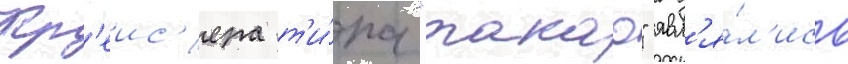
Кр'еис'ера т'и́па "такао" явл'я́л'ись